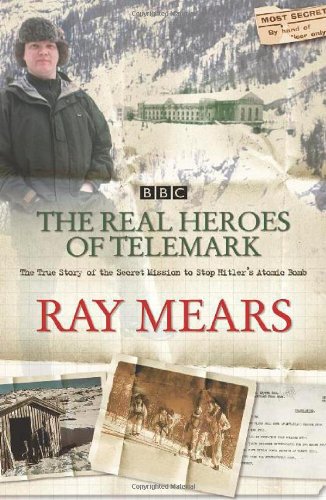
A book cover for The Real Heroes of Telemark: The True Story of the Secret Mission to Stop Hitler's Atomic Bomb; Ray Mears; Biographies & Memoirs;